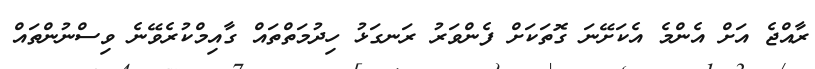
ރާއްޖެ އަށް އެންމެ އެކަށޭނަ ގޮތަކަށް ފެންވަރު ރަނގަޅު ހިދުމަތްތައް ގާއިމްކުރެވޭނެ ވިސްނުންތައް